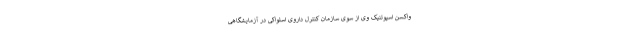
واکسن اسپوتنیک وی از سوی سازمان کنترل داروی اسلواکی در آزمایشگاهی